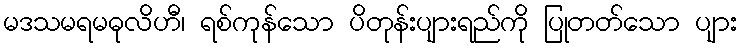
မဒသမရမဓုလိဟီ၊ ရစ်ကုန်သော ပိတုန်းပျားရည်ကို ပြုတတ်သော ပျား